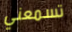
تسمعني